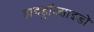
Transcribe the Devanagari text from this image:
हाइड्रॉक्साइडों